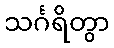
သင်္ဂရိတွာ